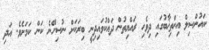
ކައުންސިލް އިންތިޚާބުގައި ދިވެހި ރައްޔިތުން ދައްކުވައިދިނީ ބިރަކަށް ނުސިހޭނެ ކަން ކަމަށެވެ. އަދި